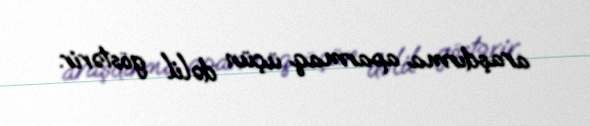
araşdırma aparmaq üçün dəlil göstərir.